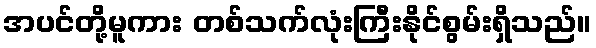
အပင်တို့မူကား တစ်သက်လုံးကြီးနိုင်စွမ်းရှိသည်။